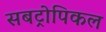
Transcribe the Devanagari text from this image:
सबट्रोपिकल